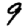
Digit: 9